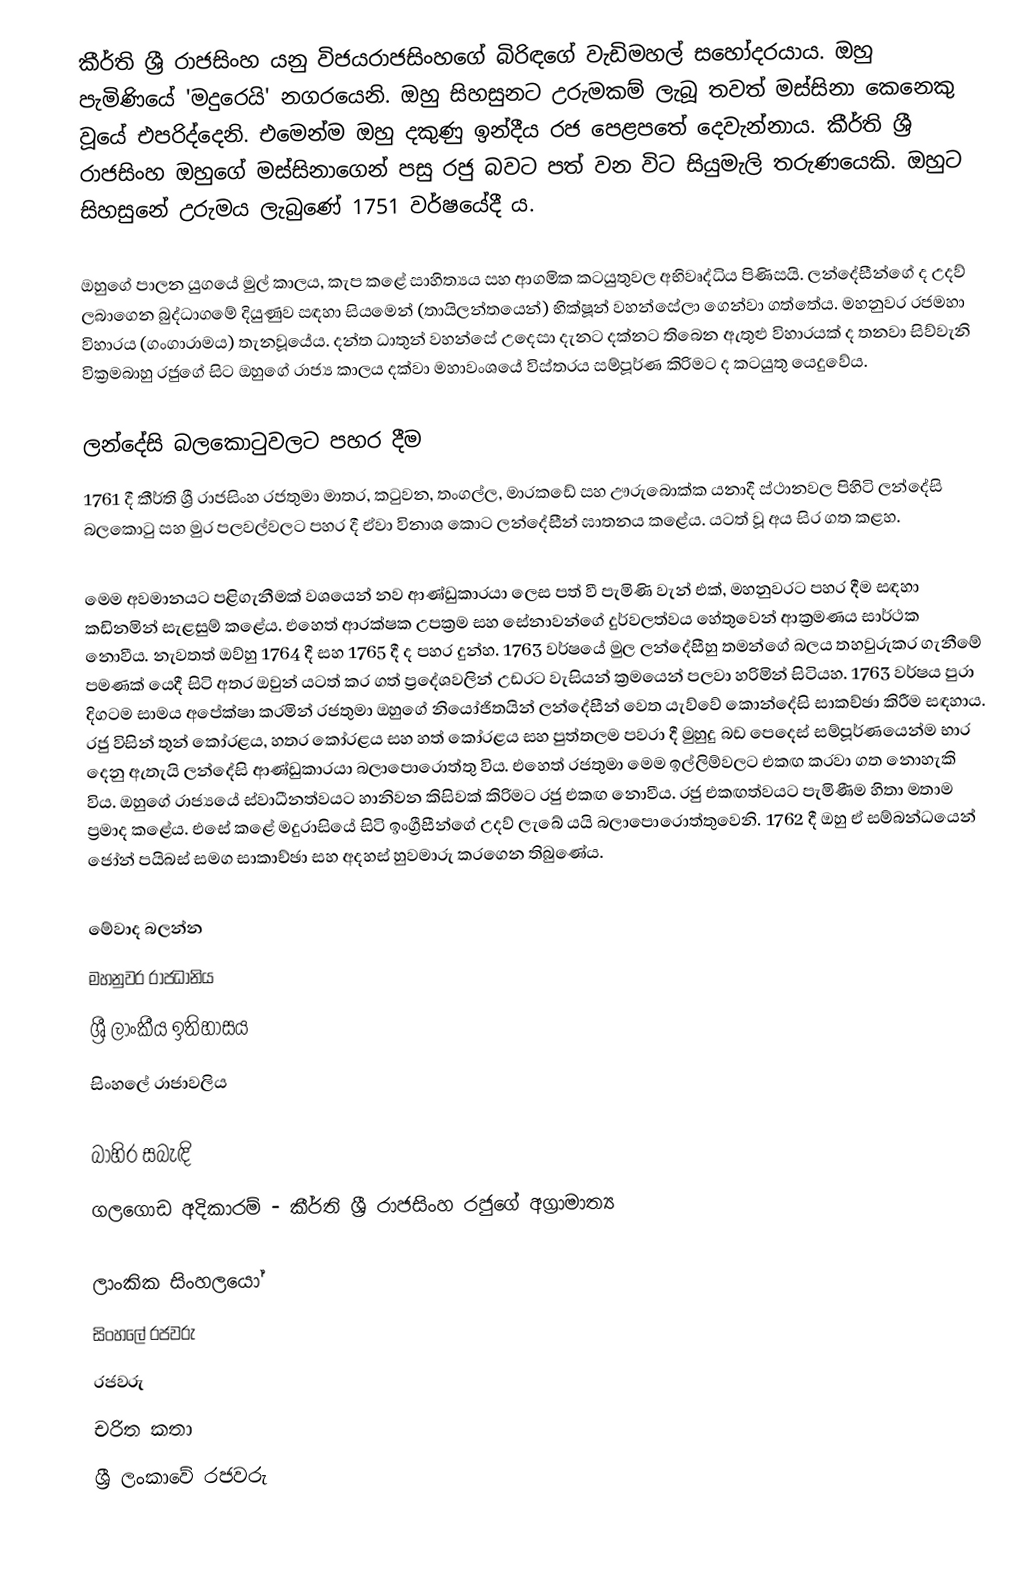
කීර්ති ශ්‍රී රාජසිංහ යනු විජයරාජසිංහගේ බිරිඳගේ වැඩිමහල් සහෝදරයාය. ඔහු පැමිණියේ 'මදුරෙයි' නගරයෙනි. ඔහු සිහසුනට උරුමකම් ලැබූ තවත් මස්සිනා කෙනෙකු වූයේ එපරිද්දෙනි. එමෙන්ම ඔහු දකුණු ඉන්දීය රජ පෙළපතේ දෙවැන්නාය. කීර්ති ශ්‍රී රාජසිංහ ඔහුගේ මස්සිනාගෙන් පසු රජු බවට පත් වන විට සියුමැලි තරුණයෙකි. ඔහුට සිහසුනේ උරුමය ලැබුණේ 1751 වර්ෂයේදී ය.

ඔහුගේ පාලන යුගයේ මුල් කාලය, කැප කළේ සාහිත්‍යය සහ ආගමික කටයුතුවල අභිවෘද්ධිය පිණිසයි. ලන්දේසීන්ගේ ද උදව් ලබාගෙන බුද්ධාගමේ දියුණුව සඳහා සියමෙන් (තායිලන්තයෙන්) භික්ෂූන් වහන්සේලා ගෙන්වා ගත්තේය. මහනුවර රජමහා විහාරය (ගංගාරාමය) තැනවූයේය. දන්ත ධාතුන් වහන්සේ උදෙසා දැනට දක්නට තිබෙන ඇතුළු විහාරයක් ද තනවා සිව්වැනි වික්‍රමබාහු රජුගේ සිට ඔහුගේ රාජ්‍ය කාලය දක්වා මහාවංශයේ විස්තරය සම්පූර්ණ කිරිමට ද කටයුතු යෙදුවේය.

ලන්දේසි බලකොටුවලට පහර දීම
1761 දී කීර්ති ශ්‍රී රාජසිංහ රජතුමා මාතර, කටුවන, තංගල්ල, මාරකඩේ සහ ඌරුබොක්ක යනාදී ස්ථානවල පිහිටි ලන්දේසි බලකොටු සහ මුර පලවල්වලට පහර දී ඒවා විනාශ කොට ලන්දේසීන් ඝාතනය කළේය. යටත් වූ අය සිර ගත කළහ.

මෙම අවමානයට පළිගැනීමක් වශයෙන් නව ආණ්ඩුකාරයා ලෙස පත් වී පැමිණි වැන් එක්, මහනුවරට පහර දීම සඳහා කඩිනමින් සැළසුම් කළේය. එහෙත් ආරක්ෂක උපක්‍රම සහ සේනාවන්ගේ දුර්වලත්වය හේතුවෙන් ආක්‍රමණය සාර්ථක නොවීය. නැවතත් ඔව්හු 1764 දී සහ 1765 දී ද පහර දුන්හ. 1763 වර්ෂයේ මුල ලන්දේසීහු තමන්ගේ බලය තහවුරුකර ගැනීමේ පමණක් යෙදී සිටි අතර ඔවුන් යටත් කර ගත් ප්‍රදේශවලින් උඩරට වැසියන් ක්‍රමයෙන් පලවා හරිමින් සිටියහ. 1763 වර්ෂය පුරා දිගටම සාමය අපේක්ෂා කරමින් රජතුමා ඔහුගේ නියෝජිතයින් ලන්දේසීන් වෙත යැව්වේ කොන්දේසි සාකච්ඡා කිරීම සඳහාය. රජු විසින් තුන් කෝරළය, හතර කෝරළය සහ හත් කෝරළය සහ පුත්තලම පවරා දී මුහුදු බඩ පෙදෙස් සම්පූර්ණයෙන්ම භාර දෙනු ඇතැයි ලන්දේසි ආණ්ඩුකාරයා බලාපොරොත්තු විය. එහෙත් රජතුමා මෙම ඉල්ලිම්වලට එකඟ කරවා ගත නොහැකි විය. ඔහුගේ රාජ්‍යයේ ස්වාධීනත්වයට හානිවන කිසිවක් කිරිමට රජු එකඟ නොවීය. රජු එකඟත්වයට පැමිණීම හිතා මතාම ප්‍රමාද කළේය. එසේ කළේ මදුරාසියේ සිටි ඉංග්‍රීසීන්ගේ උදව් ලැබේ යයි බලාපොරොත්තුවෙනි. 1762 දී ඔහු ඒ සම්බන්ධයෙන් ජෝන් පයිබස් සමග සාකාච්ඡා සහ අදහස් හුවමාරු කරගෙන තිබුණේය.

මේවාද බලන්න
 මහනුවර රාජධානිය
 ශ්‍රී ලාංකීය ඉතිහාසය
 සිංහලේ රාජාවලිය

බාහිර සබැඳි
 ගලගොඩ අදිකාරම් - කීර්ති ශ්‍රී රාජසිංහ රජුගේ අග්‍රාමාත්‍ය

ලාංකික සිංහලයෝ
සිංහලේ රජවරු
රජවරු
චරිත කතා
ශ්‍රී ලංකාවේ රජවරු